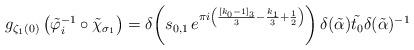
LaTeX: \begin{align*} g_{\zeta_1(0)}\left( \tilde{\varphi}_i^{-1} \circ \tilde{\chi}_{\sigma_1} \right) = \delta\!\left(s_{0,1} \, e^{\pi i\left( \frac{[k_0-1]_3}{3} - \frac{k_1}{3} + \frac{1}{2} \right)} \right) \delta(\tilde{\alpha}) \tilde{t_0} \delta(\tilde{\alpha})^{-1}\end{align*}